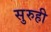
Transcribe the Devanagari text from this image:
सुरुही